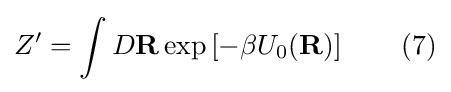
Z'=\int D\mathbf {R} \exp \left[-\beta U_{0}(\mathbf {R} )\right]\qquad (7)